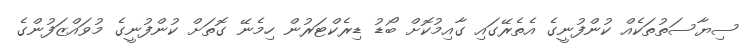
ސިޔާސަތުތަކެއް ކުންފުނީގެ އެތެރޭގައި ގާއިމުކޮށް ބޯޑު ޑިރެކްޓަރުން ހިމެނޭ ގޮތަށް ކުންފުނީގެ މުވައްޒަފުންގެ